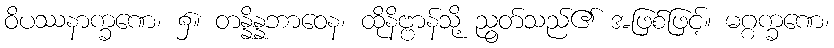
ဝိပဿနာက္ခဏေ၊ ၌။ တန္နိန္နဘာဝေန၊ ထိုနိဗ္ဗာန်သို့ ညွတ်သည်၏ အဖြစ်ဖြင့်။ မဂ္ဂက္ခဏေ၊